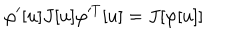
\varphi ^ { \prime } [ u ] J [ u ] \varphi ^ { T } [ u ] = J [ \varphi [ u ] ]